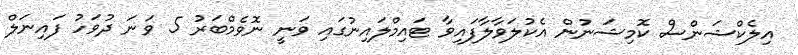
އިލެކްޝަންސް ކޮމިޝަނުން އެކުލަވާލާފައިވާ ޓައިމްލައިނުގައި ވަނީ ނޮވެމްބަރު 5 ވަނަ ދުވަހު ފައިނަލް